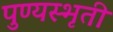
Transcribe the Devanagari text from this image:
पुण्यस्भृती